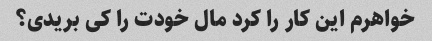
خواهرم این کار را کرد مال خودت را کی بریدی؟